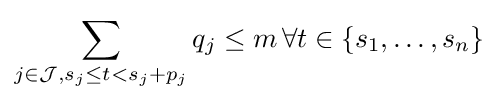
\sum _{j\in {\mathcal {J}},s_{j}\leq t<s_{j}+p_{j}}q_{j}\leq m\,\forall t\in \{s_{1},\dots ,s_{n}\}